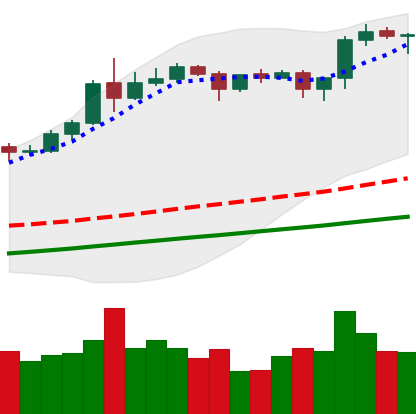
Ticker: ETH-USD
Chart end date: 2020-08-16
Forward return: -10.295%
Label: down_7plus